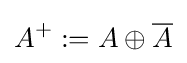
A^{+}:=A\oplus {\overline {A}}